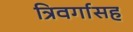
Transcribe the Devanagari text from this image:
त्रिवर्गासह